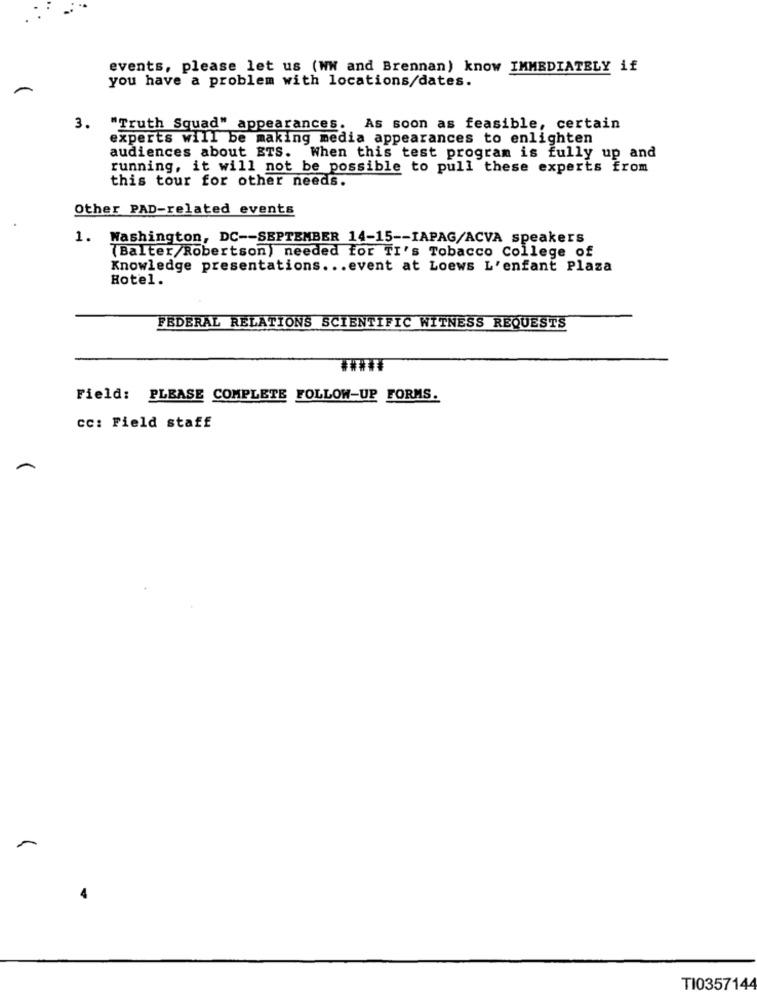
events, please let us (WW and Brennan) know IMMEDIATELY if
you have a problem with locations/dates.
3. "Truth Squad" appearances. As soon as feasible, certain
experts will be making media appearances to enlighten
audiences about ETS. When this test program is fully up and
running, it will not be possible to pull these experts from
this tour for other needs.
Other PAD-related events
1. Washington, DC -- SEPTEMBER 14-15 -- IAPAG/ACVA speakers
(Balter/Robertson) needed for TI's Tobacco College of
Knowledge presentations ... event at Loews L'enfant Plaza
Hotel.
FEDERAL RELATIONS SCIENTIFIC WITNESS REQUESTS
Field: PLEASE COMPLETE FOLLOW-UP FORMS.
cc: Field staff
TI0357144